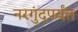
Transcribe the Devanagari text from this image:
नरगुंदपर्यंत